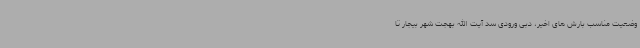
وضعیت مناسب بارش های اخیر، دبی ورودی سد آیت الله بهجت شهر بیجار تا